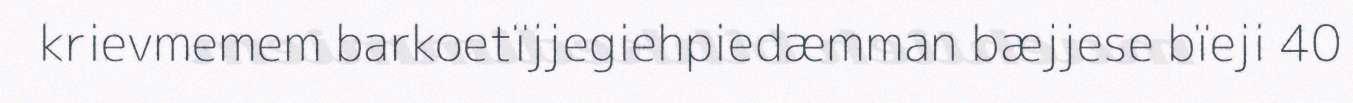
krievmemem barkoetïjjegiehpiedæmman bæjjese bïeji 40